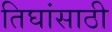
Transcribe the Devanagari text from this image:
तिघांसाठी